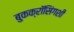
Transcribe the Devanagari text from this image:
बुकक्रॉसिंगशी